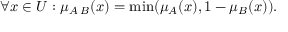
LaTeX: \forall x \in { U } : \mu _ { A \setminus { B } } ( x ) = \operatorname* { m i n } ( \mu _ { A } ( x ) , 1 - \mu _ { B } ( x ) ) .